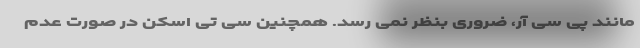
مانند پی سی آر، ضروری بنظر نمی رسد. همچنین سی تی اسکن در صورت عدم